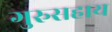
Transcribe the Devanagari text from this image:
गुरुसहाय